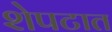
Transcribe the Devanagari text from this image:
शेपटात